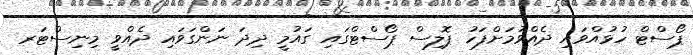
ޕޯސްޓް ހުޅުއްވައި ދެއްވުމަށްފަހު ޕޮލިސް ޕޯސްޓްގައި ގައުމީ ދިދަ ނަންގަވައި ދެއްވީ މިނިސްޓަރ